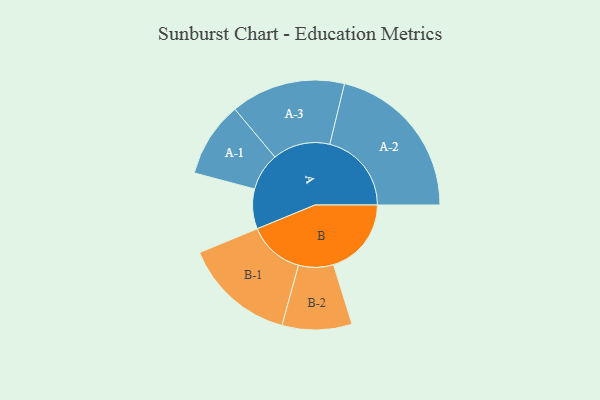
{"axis": {"x": "Segment", "y": "Value"}, "legend": ["", "A", "B"], "data": [{"x": "A", "y": 144, "type": ""}, {"x": "B", "y": 281, "type": ""}, {"x": "A-1", "y": 136, "type": "A"}, {"x": "A-2", "y": 295, "type": "A"}, {"x": "A-3", "y": 207, "type": "A"}, {"x": "B-1", "y": 202, "type": "B"}, {"x": "B-2", "y": 126, "type": "B"}]}